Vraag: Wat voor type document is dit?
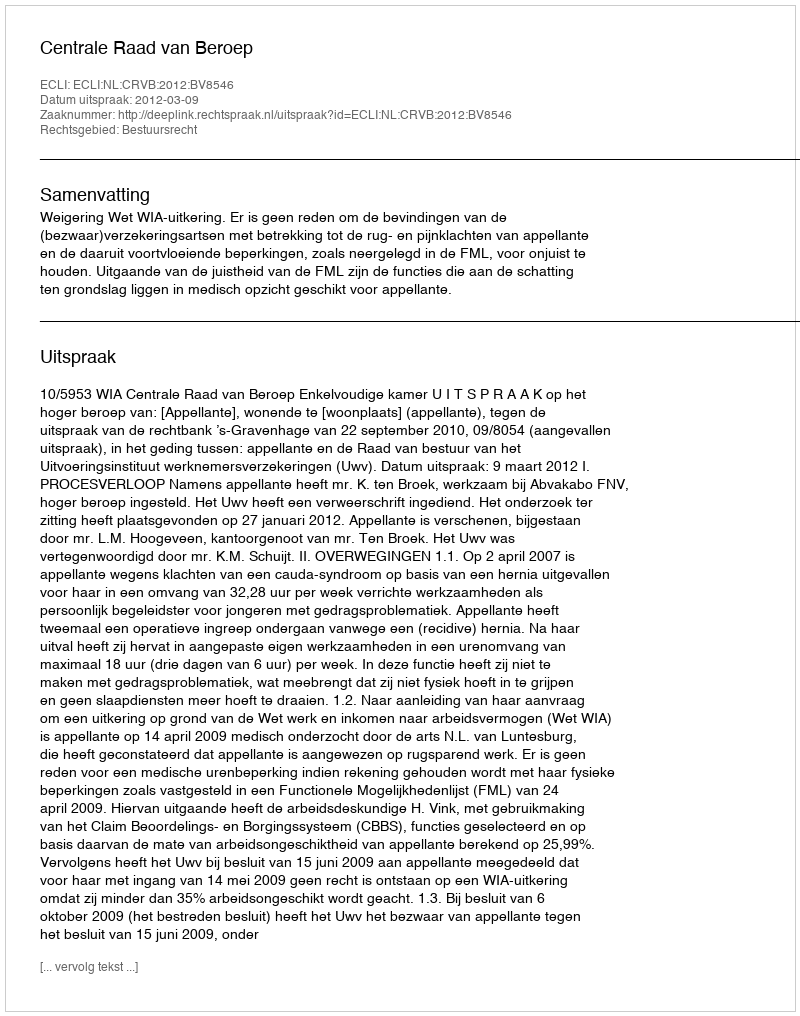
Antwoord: Uitspraak